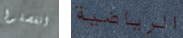
انفصلوا الرياضية